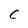
Character: C